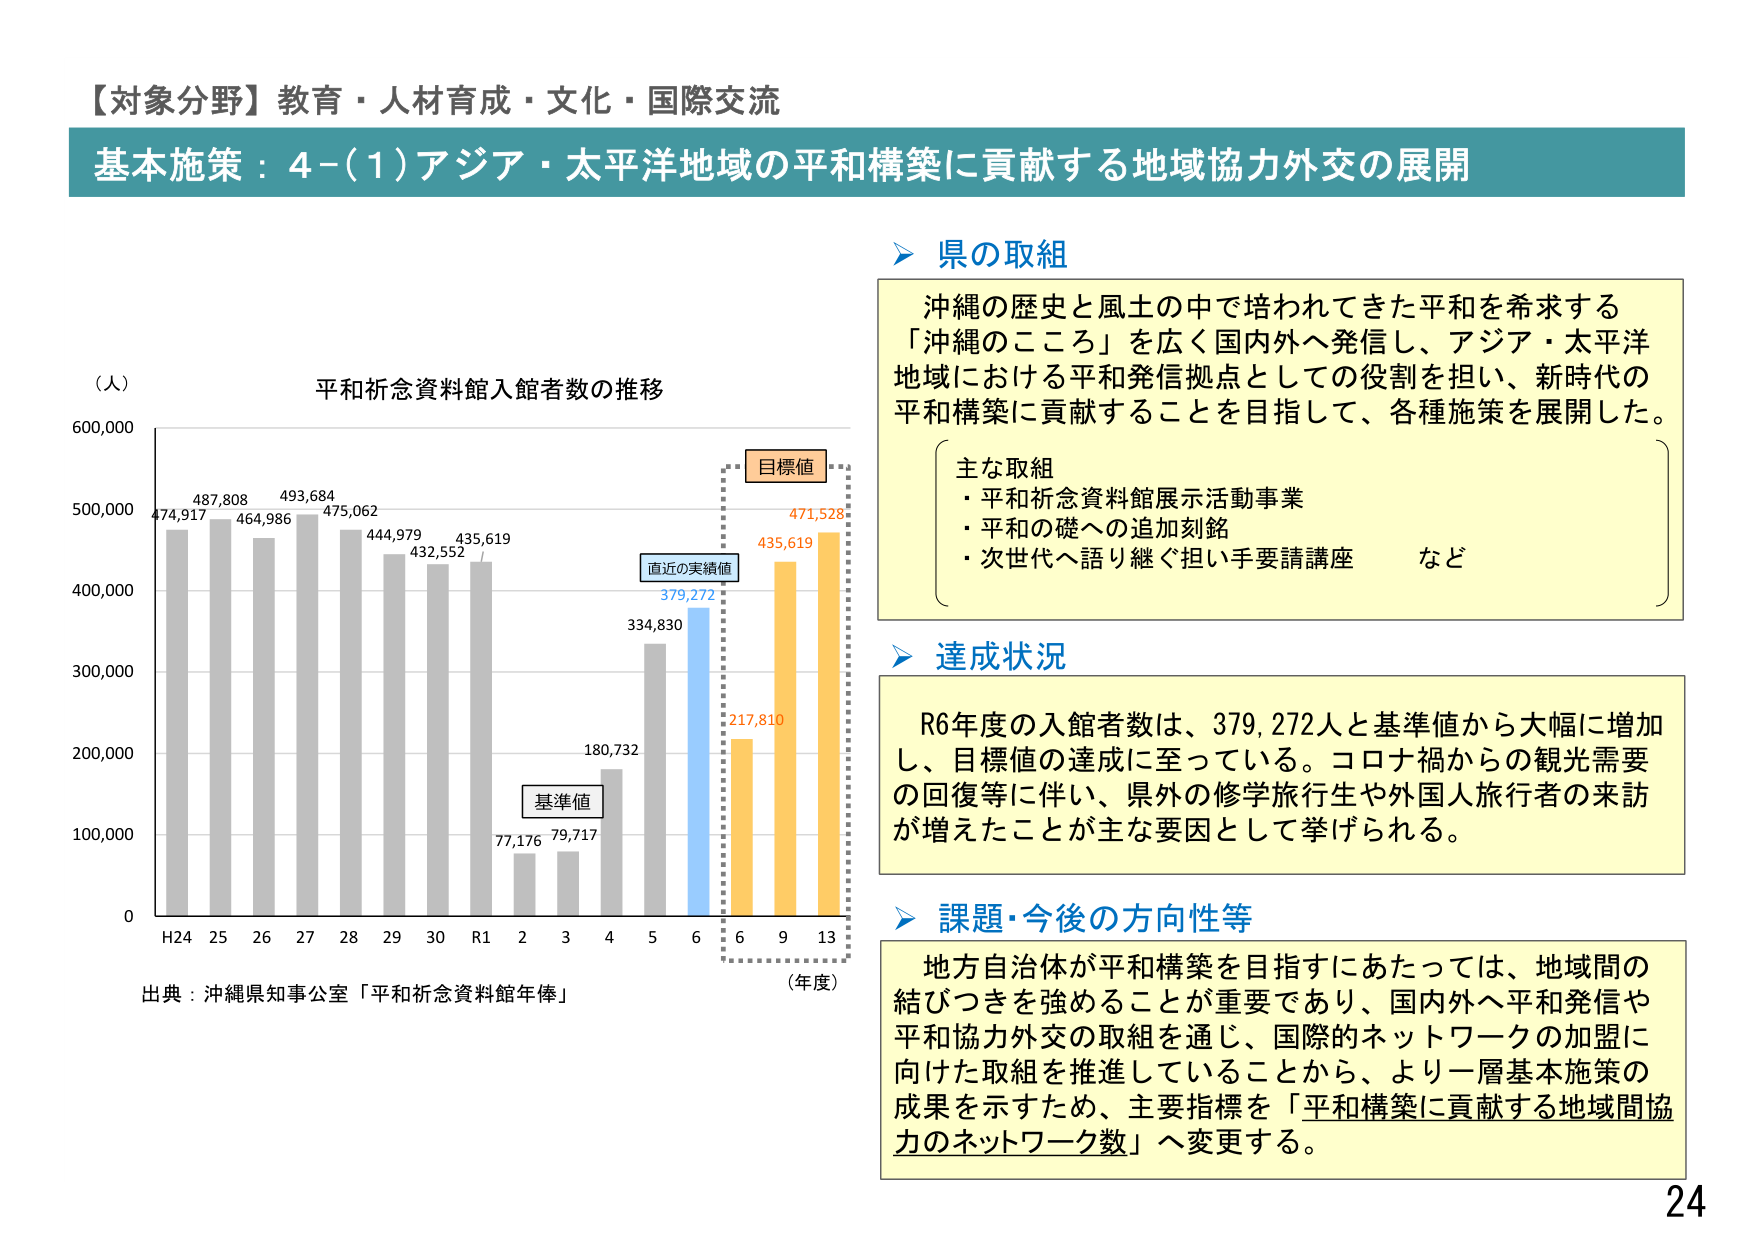
【対象分野】教育・人材育成・文化・国際交流
基本施策：4-(1)アジア・太平洋地域の平和構築に貢献する地域協力外交の展開

（人）
平和祈念資料館入館者数の推移
474,917
487,808
464,986
493,684
475,062
444,979
432,552
435,619
77,176
79,717
180,732
334,830
379,272
217,810
435,619
471,528
目標値
直近の実績値
基準値
H24 25 26 27 28 29 30 R1 2 3 4 5 6 6 9 13
（年度）
出典：沖縄県知事公室「平和祈念資料館年俸」

県の取組
沖縄の歴史と風土の中で培われてきた平和を希求する
「沖縄のこころ」を広く国内外へ発信し、アジア・太平洋
地域における平和発信拠点としての役割を担い、新時代の
平和構築に貢献することを目指して、各種施策を展開した。
主な取組
・平和祈念資料館展示活動事業
・平和の礎への追加刻銘
・次世代へ語り継ぐ担い手要請講座　など

達成状況
R6年度の入館者数は、379,272人と基準値から大幅に増加
し、目標値の達成に至っている。コロナ禍からの観光需要
の回復等に伴い、県外の修学旅行生や外国人旅行者の来訪
が増えたことが主な要因として挙げられる。

課題・今後の方向性等
地方自治体が平和構築を目指すにあたっては、地域間の
結びつきを強めることが重要であり、国内外へ平和発信や
平和協力外交の取組を通じ、国際的ネットワークの加盟に
向けた取組を推進していることから、より一層基本施策の
成果を示すため、主要指標を「平和構築に貢献する地域間協
力のネットワーク数」へ変更する。

24